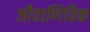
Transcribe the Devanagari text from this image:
जीवाणिविक